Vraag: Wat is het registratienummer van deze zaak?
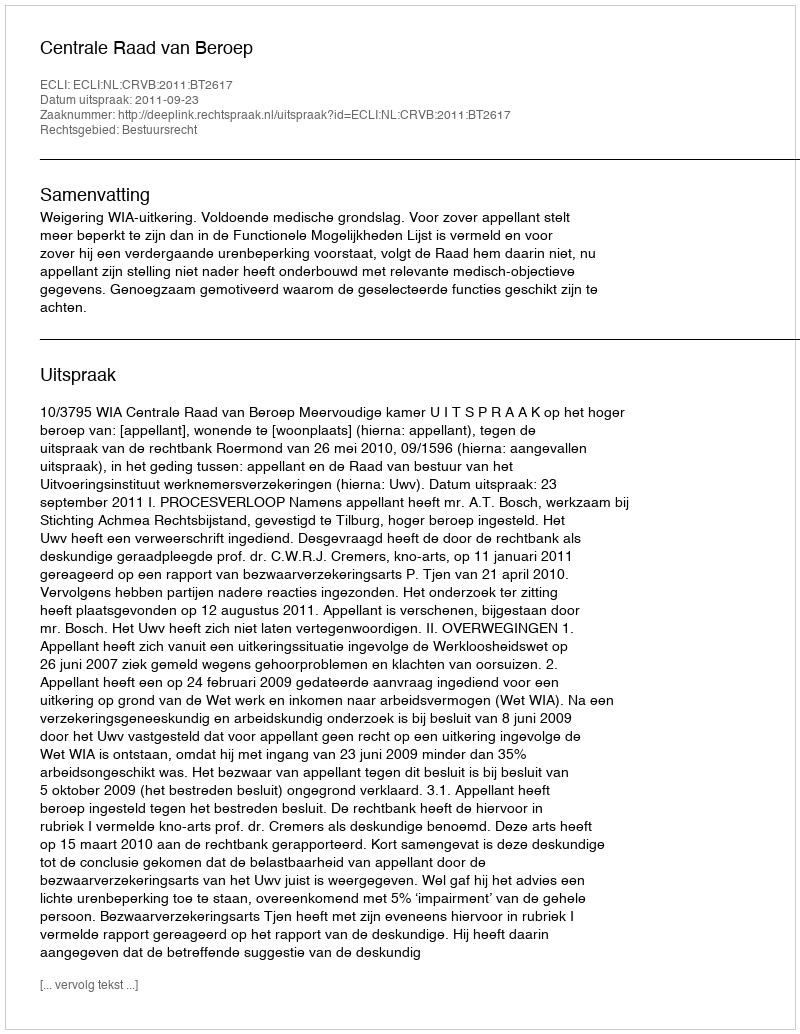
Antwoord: http://deeplink.rechtspraak.nl/uitspraak?id=ECLI:NL:CRVB:2011:BT2617